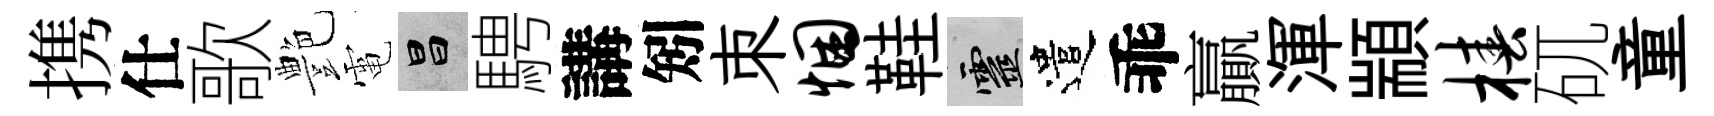
携仕歌艶電昌騁講矧朿悃鞋靈遣乖贏渾顓椿矹童